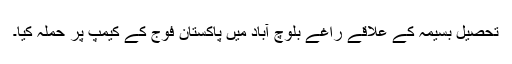
تحصیل بسیمہ کے علاقے راغے بلوچ آباد میں پاکستان فوج کے کیمپ پر حملہ کیا۔